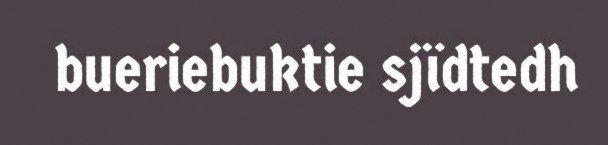
bueriebuktie sjïdtedh